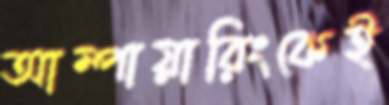
আম্পায়ারিংকেই